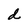
Character: d